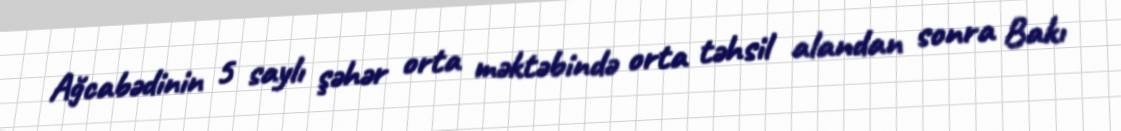
Ağcabədinin 5 saylı şəhər orta məktəbində orta təhsil alandan sonra Bakı